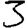
Digit: 3